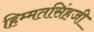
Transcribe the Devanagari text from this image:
हिम्मतसिंहजी